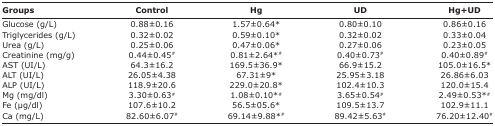
<table><thead><tr><td><b>Groups</b></td><td><b>Control</b></td><td><b>Hg</b></td><td><b>UD</b></td><td><b>Hg+UD</b></td></tr></thead><tbody><tr><td>Glucose (g/L)</td><td>0.88±0.16</td><td>1.57±0.64*</td><td>0.80±0.10</td><td>0.86±0.16</td></tr><tr><td>Triglycerides (g/L)</td><td>0.32±0.02</td><td>0.59±0.10*</td><td>0.32±0.02</td><td>0.33±0.04</td></tr><tr><td>Urea (g/L)</td><td>0.25±0.06</td><td>0.47±0.06*</td><td>0.27±0.06</td><td>0.23±0.05</td></tr><tr><td>Creatinine (mg/g)</td><td>0.44±0.45<sup>#</sup></td><td>0.81±2.64*<sup>#</sup></td><td>0.40±0.73<sup>#</sup></td><td>0.40±0.89<sup>#</sup></td></tr><tr><td>AST (UI/L)</td><td>64.3±16.2</td><td>169.5±36.9*</td><td>66.9±15.2</td><td>105.0±16.5*</td></tr><tr><td>ALT (UI/L)</td><td>26.05±4.38</td><td>67.31±9*</td><td>25.95±3.18</td><td>26.86±6.03</td></tr><tr><td>ALP (UI/L)</td><td>118.9±20.6</td><td>229.0±20.8*</td><td>102.4±10.3</td><td>120.0±15.4</td></tr><tr><td>Mg (mg/dl)</td><td>3.30±0.63<sup>#</sup></td><td>1.08±0.10*<sup>#</sup></td><td>3.65±0.54<sup>#</sup></td><td>2.49±0.53*<sup>#</sup></td></tr><tr><td>Fe (μg/dl)</td><td>107.6±10.2</td><td>56.5±05.6*</td><td>109.5±13.7</td><td>102.9±11.1</td></tr><tr><td>Ca (mg/L)</td><td>82.60±6.07<sup>#</sup></td><td>69.14±9.88*<sup>#</sup></td><td>89.42±5.63<sup>#</sup></td><td>76.20±12.40<sup>#</sup></td></tr></tbody></table>